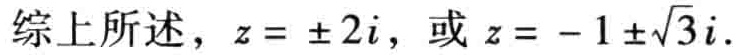
综上所述，\(z = \pm 2i\)，或 \(z = - 1 \pm\sqrt{3}i\)